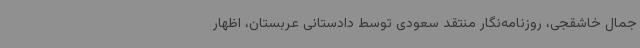
جمال خاشقجی، روزنامه‌نگار منتقد سعودی توسط دادستانی عربستان، اظهار